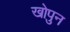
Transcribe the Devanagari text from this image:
खोपुन